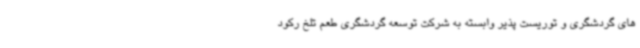
های گردشگری و توریست پذیر وابسته به شرکت توسعه گردشگری طعم تلخ رکود